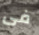
فى